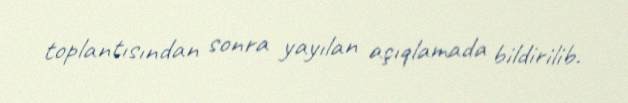
toplantısından sonra yayılan açıqlamada bildirilib.